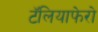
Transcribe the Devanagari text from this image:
टॅलियाफेरो